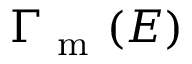
\Gamma _ { \mathrm { ~ m ~ } } ( E )